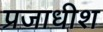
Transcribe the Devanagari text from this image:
प्रजाधीश